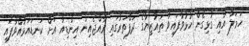
ހަމަލާ އާއި ގުޅިގެން ހުޅުވާފައިވާ ތައުޒިޔާގެ ދަފްތަރުގައި ރާއްޖެއިން އިންޑިއާ އަށް ކަނޑައަޅުއްވާފައި